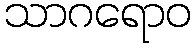
သာဂရောဝ